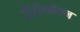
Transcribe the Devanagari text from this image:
रिलैक्सेसन